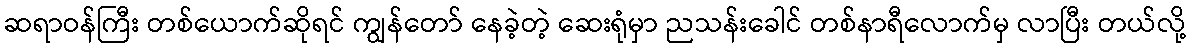
ဆရာဝန်ကြီး တစ်ယောက်ဆိုရင် ကျွန်တော် နေခဲ့တဲ့ ဆေးရုံမှာ ညသန်းခေါင် တစ်နာရီလောက်မှ လာပြီး တယ်လို့